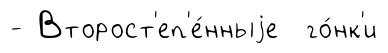
- Второст'еп'е́нныjе го́нк'и